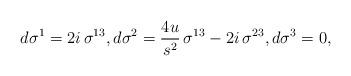
LaTeX: \begin{align*}d\sigma^1 = 2i\,\sigma^{13},d\sigma^2 = \frac{4u}{s^2}\,\sigma^{13} -2i\,\sigma^{23},d\sigma^3 = 0,\end{align*}